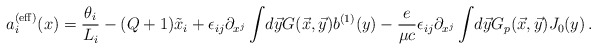
\begin{align*}a_i^{({\rm eff})}(x)= {\theta_i \over L_i}- (Q +1) \tilde x_i+\epsilon_{ij} \partial_{x^j}\int \! d \vec y G(\vec x, \vec y)b^{(1)}(y) -{e \over \mu c}\epsilon_{ij} \partial_{x^j}\int \! d \vec y G_p(\vec x, \vec y)J_0(y)\,. \end{align*}